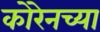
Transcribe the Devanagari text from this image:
कोरेनच्या